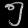
Digit: ၅